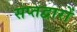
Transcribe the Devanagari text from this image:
सप्तद्वारों